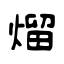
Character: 熘